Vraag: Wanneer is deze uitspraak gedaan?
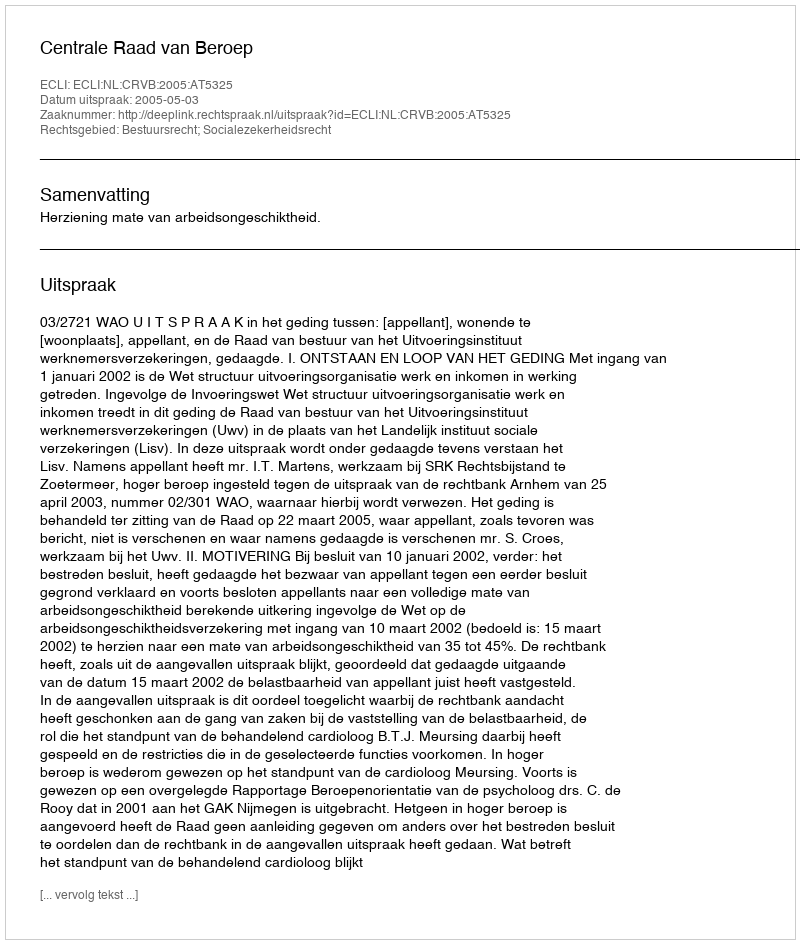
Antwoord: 2005-05-03